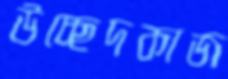
উচ্ছেদকাজ